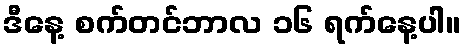
ဒီနေ့ စက်တင်ဘာလ ၁၆ ရက်နေ့ပါ။